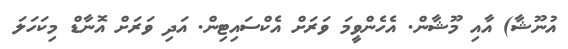
އުނޫޝާ) އާއި މޫޝާން. އެހެންވީމަ ވަރަށް އެކްސައިޓިން. އަދި ވަރަށް އޮނާޑް މިކަހަލަ